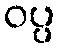
ဝပ္ပ